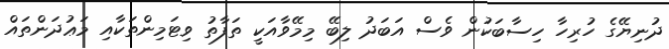
ދުނިޔޭގެ ހުރިހާ ހިސާބަކުން ވެސް އަބަދު ލިބޭ މިމޭވާއަކީ ތަފާތު ވިޓަމިންތަކާއި މަޢުދަންތައް